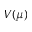
V ( \mu )